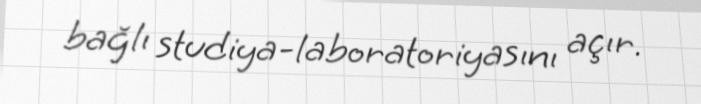
bağlı studiya-laboratoriyasını açır.